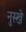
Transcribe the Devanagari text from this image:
नुस्‍खे